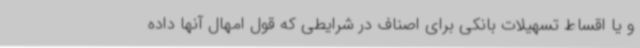
و یا اقساط تسهیلات بانکی برای اصناف در شرایطی که قول امهال آنها داده